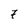
Character: 7